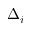
\Delta _ { i }